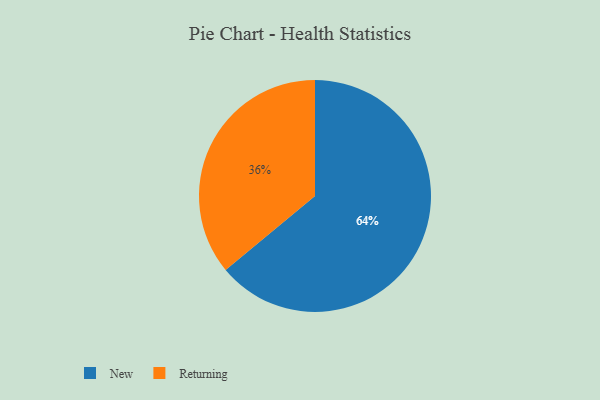
{"axis": {"x": "Category", "y": "Percentage"}, "legend": ["New", "Returning"], "data": [{"x": "New", "y": 64, "type": "New"}, {"x": "Returning", "y": 36, "type": "Returning"}]}